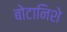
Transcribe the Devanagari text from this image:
बोटानिशे